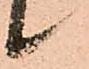
候